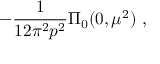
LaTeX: - { \frac { 1 } { 1 2 \pi ^ { 2 } p ^ { 2 } } } \Pi _ { 0 } ( 0 , \mu ^ { 2 } ) \ ,